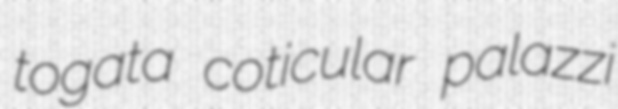
togata coticular palazzi